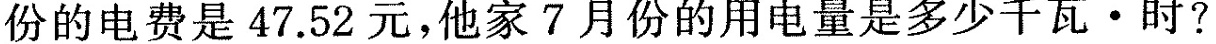
份的电费是47.52元，他家7月份的用电量是多少千瓦·时？